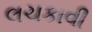
લચકાવી